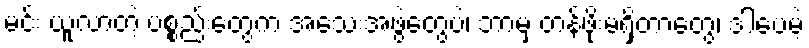
မင်း ယူလာတဲ့ ပစ္စည်းတွေက အသေးအဖွဲတွေပဲ၊ ဘာမှ တန်ဖိုးမရှိတာတွေ၊ ဒါပေမဲ့